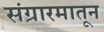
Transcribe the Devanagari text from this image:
संग्रारमातून